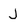
Character: J